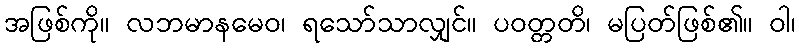
အဖြစ်ကို။ လဘမာနမေဝ၊ ရသော်သာလျှင်။ ပဝတ္တတိ၊ မပြတ်ဖြစ်၏။ ဝါ၊